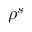
\rho ^ { s }